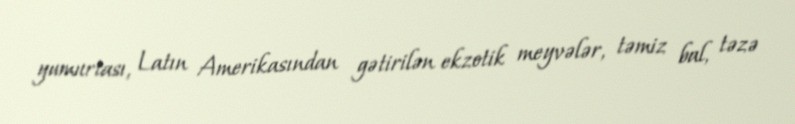
yumurtası, Latın Amerikasından gətirilən ekzotik meyvələr, təmiz bal, təzə